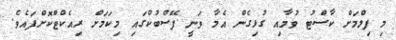
މި ފިލްމަށް ކާސްޓު ވުމާއި ގުޅިގެން އެމާ ވަނީ ފޭސްބުކްގައި މިކަމަށް ރިއެކްޓްކޮށްފައެވެ.